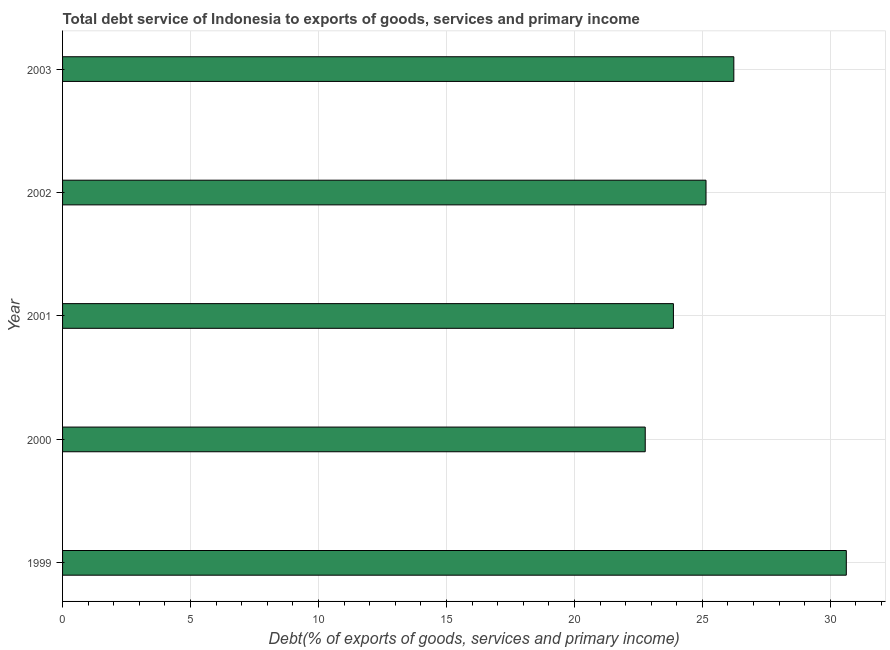
| Year | Total debt service |
 | --- | --- |
 | 1999 | 30.6 |
 | 2000 | 22.8 |
 | 2001 | 23.9 |
 | 2002 | 25.1 |
 | 2003 | 26.2 |